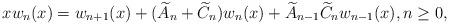
LaTeX: \begin{align*} x w_n(x)=w_{n+1}(x)+(\widetilde{A}_n+\widetilde{C}_n)w_n(x)+\widetilde{A}_{n-1}\widetilde{C}_nw_{n-1}(x), n\geq0,\end{align*}